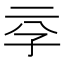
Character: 𰌞